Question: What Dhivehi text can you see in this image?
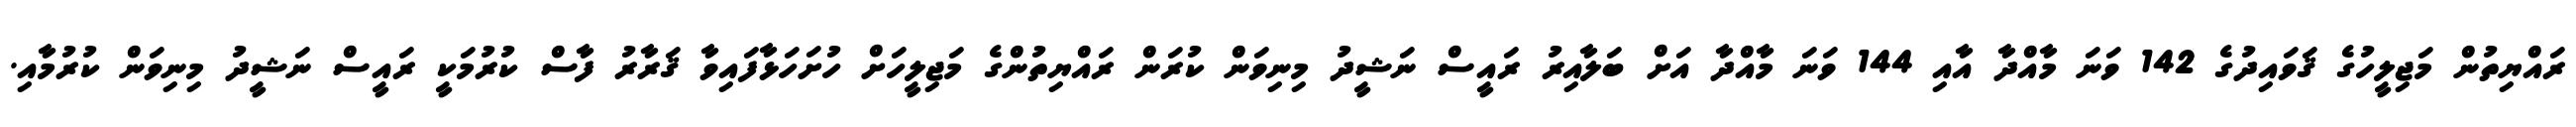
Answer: ރައްޔިތުން މަޖިލީހުގެ ޤަވައިދުގެ 142 ވަނަ މާއްދާ އާއި 144 ވަނަ މާއްދާ އަށް ބަލާއިރު ރައީސް ނަޝީދު މިނިވަން ކުރަން ރައްޔިތުންގެ މަޖިލީހަށް ހުށަހަޅާފައިވާ ޤަރާރު ފާސް ކުރުމަކީ ރައީސް ނަޝީދު މިނިވަން ކުރުމާއި.